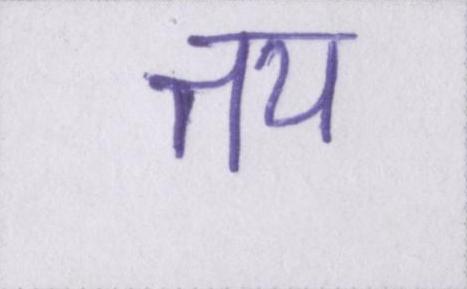
तय